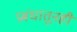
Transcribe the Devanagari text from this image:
प्रबंधातूनही